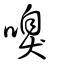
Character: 嗅